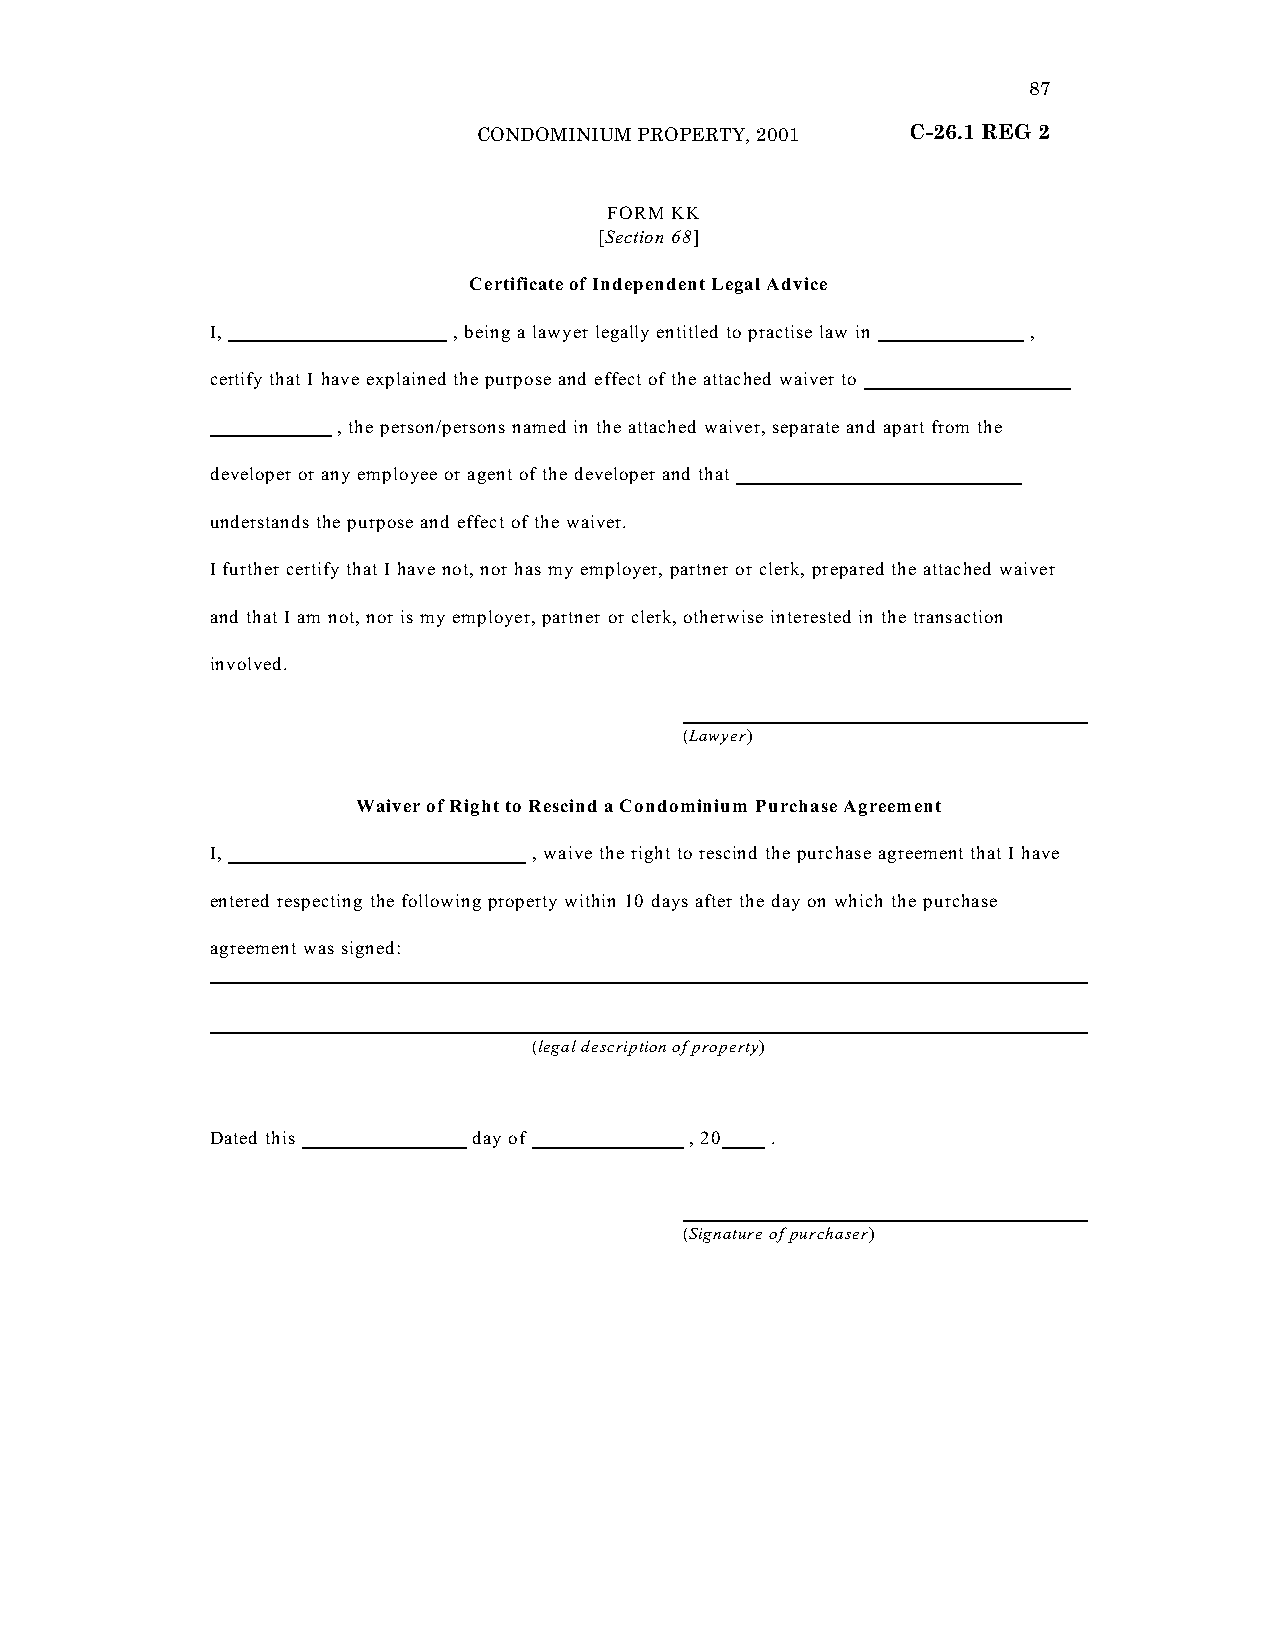
87
 CONDOMINIUM PROPERTY, 2001  C-26.1 REG 2
 “FORM KK
 [Section 68]
 Certificate of Independent Legal Advice
 I,              , being a lawyer legally entitled to practise law in ,
 certify that I have explained the purpose and effect of the attached waiver to
 , the person/persons named in the attached waiver, separate and apart from the
 developer or any employee or agent of the developer and that
 understands the purpose and effect of the waiver.
 I further certify that I have not, nor has my employer, partner or clerk, prepared the attached waiver
 and that I am not, nor is my employer, partner or clerk, otherwise interested in the transaction
 involved.
 (Lawyer)
 Waiver of Right to Rescind a Condominium Purchase Agreement
 I,                   , waive the right to rescind the purchase agreement that I have
 entered respecting the following property within 10 days after the day on which the purchase
 agreement was signed:
 (legal description of property)
 Dated this       day of         , 20 .
 (Signature of purchaser)